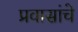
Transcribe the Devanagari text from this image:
प्रवासांचे